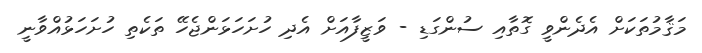
މަޤާމުތަކަށް އެދެންވީ ގޮތާއި ސުންގަޑި - ވަޒީފާއަށް އެދި ހުށަހަޅަންޖެހޭ ތަކެތި ހުށަހަޅުއްވާނީ